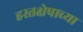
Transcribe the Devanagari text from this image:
हस्तक्षेपाच्या